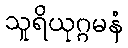
သူရိယုဂ္ဂမနံ